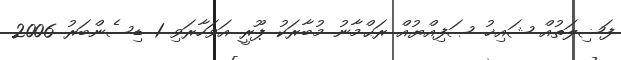
ފަޟިލަތުއް ޝައިޚު ޞަފިއްޔުއް ރަޙްމާނު މުބާރަކު ޕޫރީ އަވަހާރަވި 1 ޑިސެންބަރު 2006